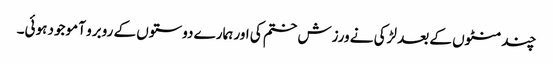
چند منٹوں کے بعد لڑکی نے ورزش ختم کی اور ہمارے دوستوں کے روبرو آ موجود ہوئی۔